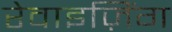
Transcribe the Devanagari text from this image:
रेवाइज़िंग